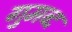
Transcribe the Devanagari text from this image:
गुमब्द